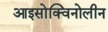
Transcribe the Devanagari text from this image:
आइसोक्विनोलीन